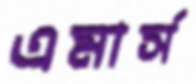
এমার্স